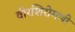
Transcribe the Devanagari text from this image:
वीरशिरोमणी